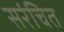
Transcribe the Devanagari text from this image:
सरंचित